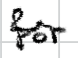
Text: for
Cross-out: wave
Writing tool: digital_black